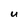
Character: U